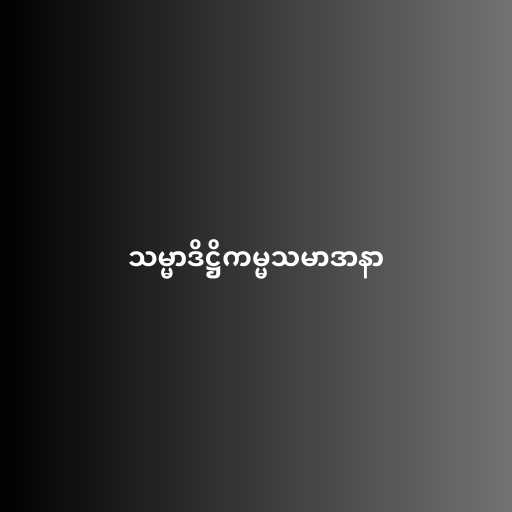
သမ္မာဒိဋ္ဌိကမ္မသမာဒာနာ